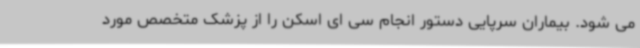
می شود. بیماران سرپایی دستور انجام سی ای اسکن را از پزشک متخصص مورد